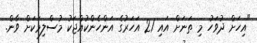
"އިހަށް ދުވަހު މި ތަނަށް އައި 21 އަހަރުގެ އަންހެންކުއްޖަކު މުސްލިމަކަށް ވާން.